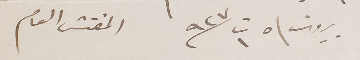
بيروت \ ٥ ت١ ٩٢٧ المفتش العام